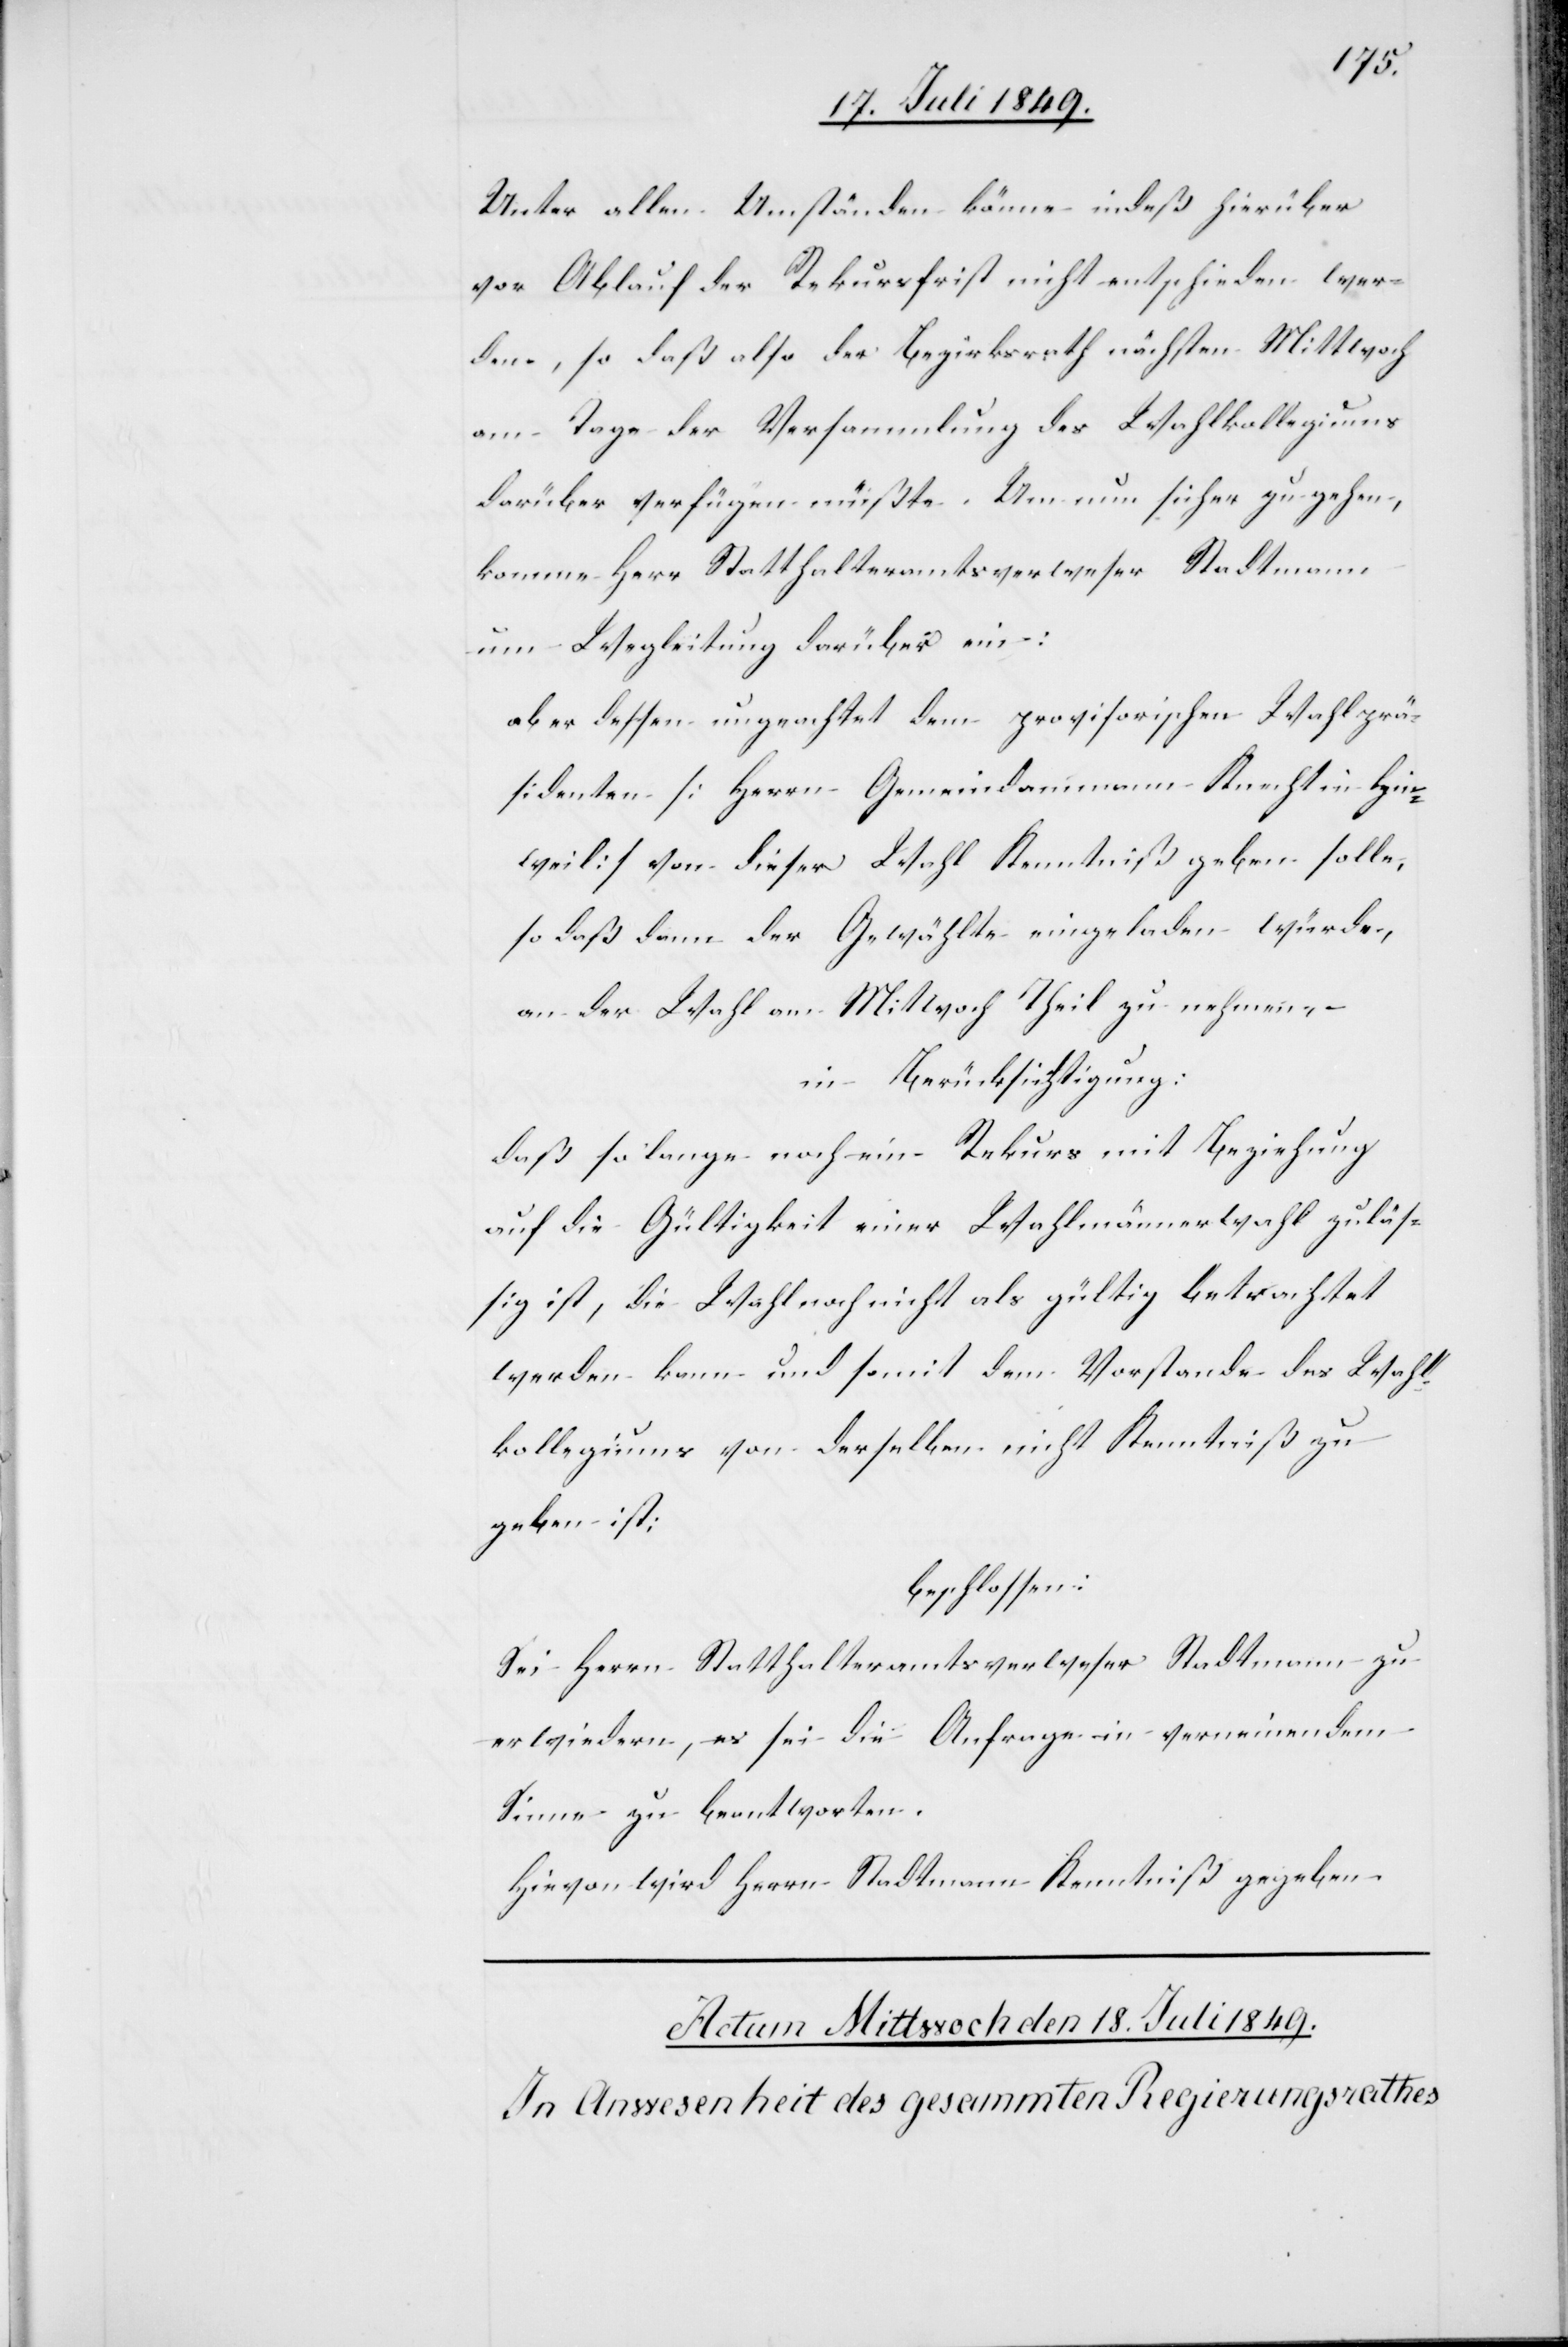
Unter allen Umständen könne indeß hierüber
vor Ablauf der Rekursfrist nicht entschieden wer¬
den, so daß also der Bezirksrath nächsten Mittwoch
am Tage der Versammlung des Wahlkollegiums
darüber verfügen müßte. Um nun sicher zu gehen,
komme Herr Statthalteramtsverweser Stadtmann
um Wegleitung darüber ein:
aber dessen ungeachtet dem provisorischen Wahlprä¬
sidenten [Herrn Gemeindammann Knecht in Hin¬
weil] von dieser Wahl Kenntniß geben solle,
so daß dann der Gewählte eingeladen würde,
an der Wahl am Mitwoch Theil zu nehmen, –
in Berücksichtigung:
daß so lange noch ein Rekurs mit Beziehung
auf die Gültigkeit einer Wahlmännerwahl zuläs¬
sig ist, die Wahl noch nicht als gültig betrachtet
werden kann und somit dem Vorstande des Wahl¬
kollegiums von derselben nicht Kenntniß zu
geben ist;
beschlossen:
Sei Herrn Statthalteramtsverweser Stadtmann zu
erwiedern, es sei die Anfrage in verneinendem
Sinne zu beantworten.
Hievon wird Herrn Stadtmann Kenntniß gegeben.